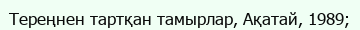
Тереңнен тартқан тамырлар, Ақатай, 1989;